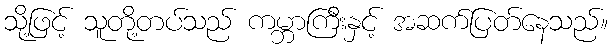
သို့ဖြင့် သူတို့တပ်သည် ကမ္ဘာကြီးနှင့် အဆက်ပြတ်နေသည်။